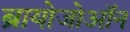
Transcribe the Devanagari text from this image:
ब्रायोजोऑन